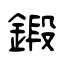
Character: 鍛